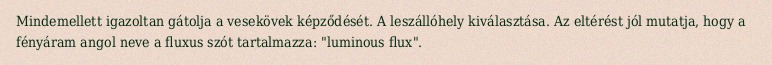
Mindemellett igazoltan gátolja a vesekövek képződését. A leszállóhely kiválasztása. Az eltérést jól mutatja, hogy a fényáram angol neve a fluxus szót tartalmazza: "luminous flux".